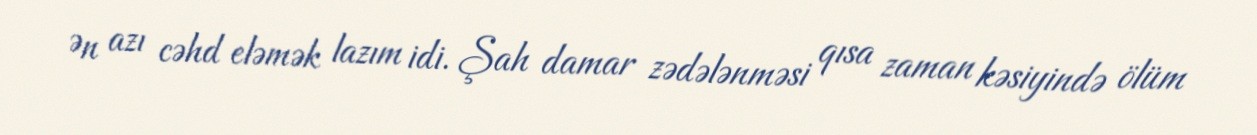
Ən azı cəhd eləmək lazım idi. Şah damar zədələnməsi qısa zaman kəsiyində ölüm